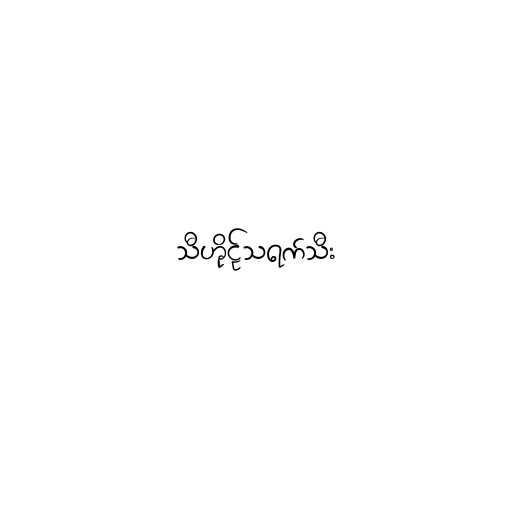
သီဟိုဠ်သရက်သီး